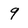
Character: 9